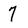
Character: 7